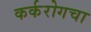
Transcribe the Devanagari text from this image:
कर्करोगचा